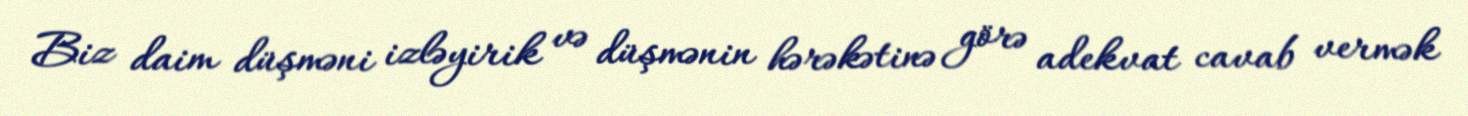
Biz daim düşməni izləyirik və düşmənin hərəkətinə görə adekvat cavab vermək